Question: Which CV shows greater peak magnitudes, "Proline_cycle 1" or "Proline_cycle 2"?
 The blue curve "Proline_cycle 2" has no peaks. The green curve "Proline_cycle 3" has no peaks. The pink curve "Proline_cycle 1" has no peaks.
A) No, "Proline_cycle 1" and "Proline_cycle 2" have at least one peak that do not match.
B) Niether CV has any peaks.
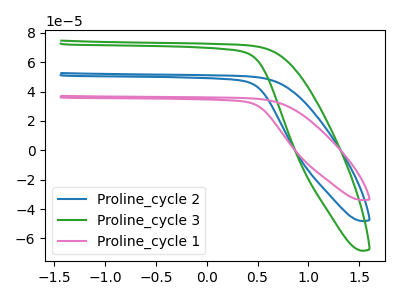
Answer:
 <answer>B) Niether CV has any peaks.</answer>
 <eval>B</eval>